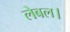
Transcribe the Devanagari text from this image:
लेबल।